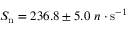
S _ { \mathrm { n } } = 2 3 6 . 8 \pm 5 . 0 ~ n \cdot \mathrm { s ^ { - 1 } }